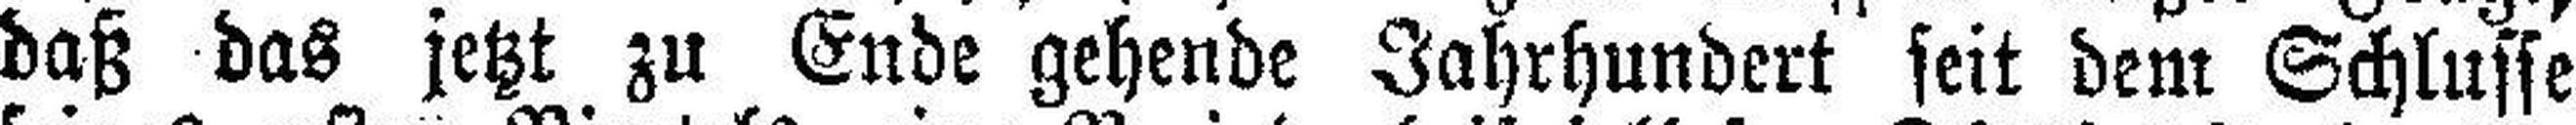
daß das jetzt zu Ende gehende Jahrhundert seit dem Schlusse